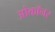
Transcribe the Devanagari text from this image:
ओकॉनर